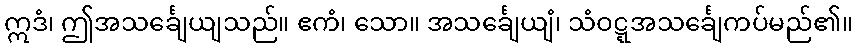
ဣဒံ၊ ဤအသင်္ချေယျသည်။ ဧကံ၊ သော။ အသင်္ချေယျံ၊ သံဝဋ္ဋအသင်္ချေကပ်မည်၏။